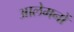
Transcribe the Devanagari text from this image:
आलेमनों